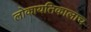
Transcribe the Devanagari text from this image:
लोकायतिकालाच